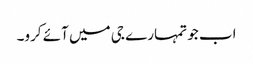
اب جو تمہارے جی میں آئے کرو۔